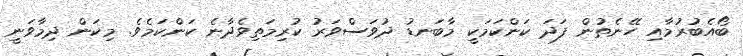
ބޯއެބުރުމާއި ހޭނެތުން ފަދަ ކަންކަމަކީ މާބަނޑު ދުވަސްވަރު ކުރިމަތިވެދާނެ ކަންކަމެވެ. މިކަން ދިމާވަނީ